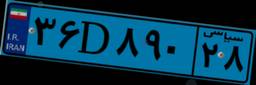
۳۶D۸۹۰۲۸